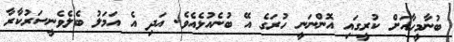
ބުނާމީހާއަށް ކުރީގައި އޮންނަނީ ހުރަގެ އޭ ބުނެއުޅެއެވެ. އަދި އެ އަމަލު ބެލެވެނީސަރުކާރާ